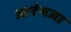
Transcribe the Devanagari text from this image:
आरंभजा